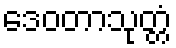
ဒေဝတာသုတ္တံ